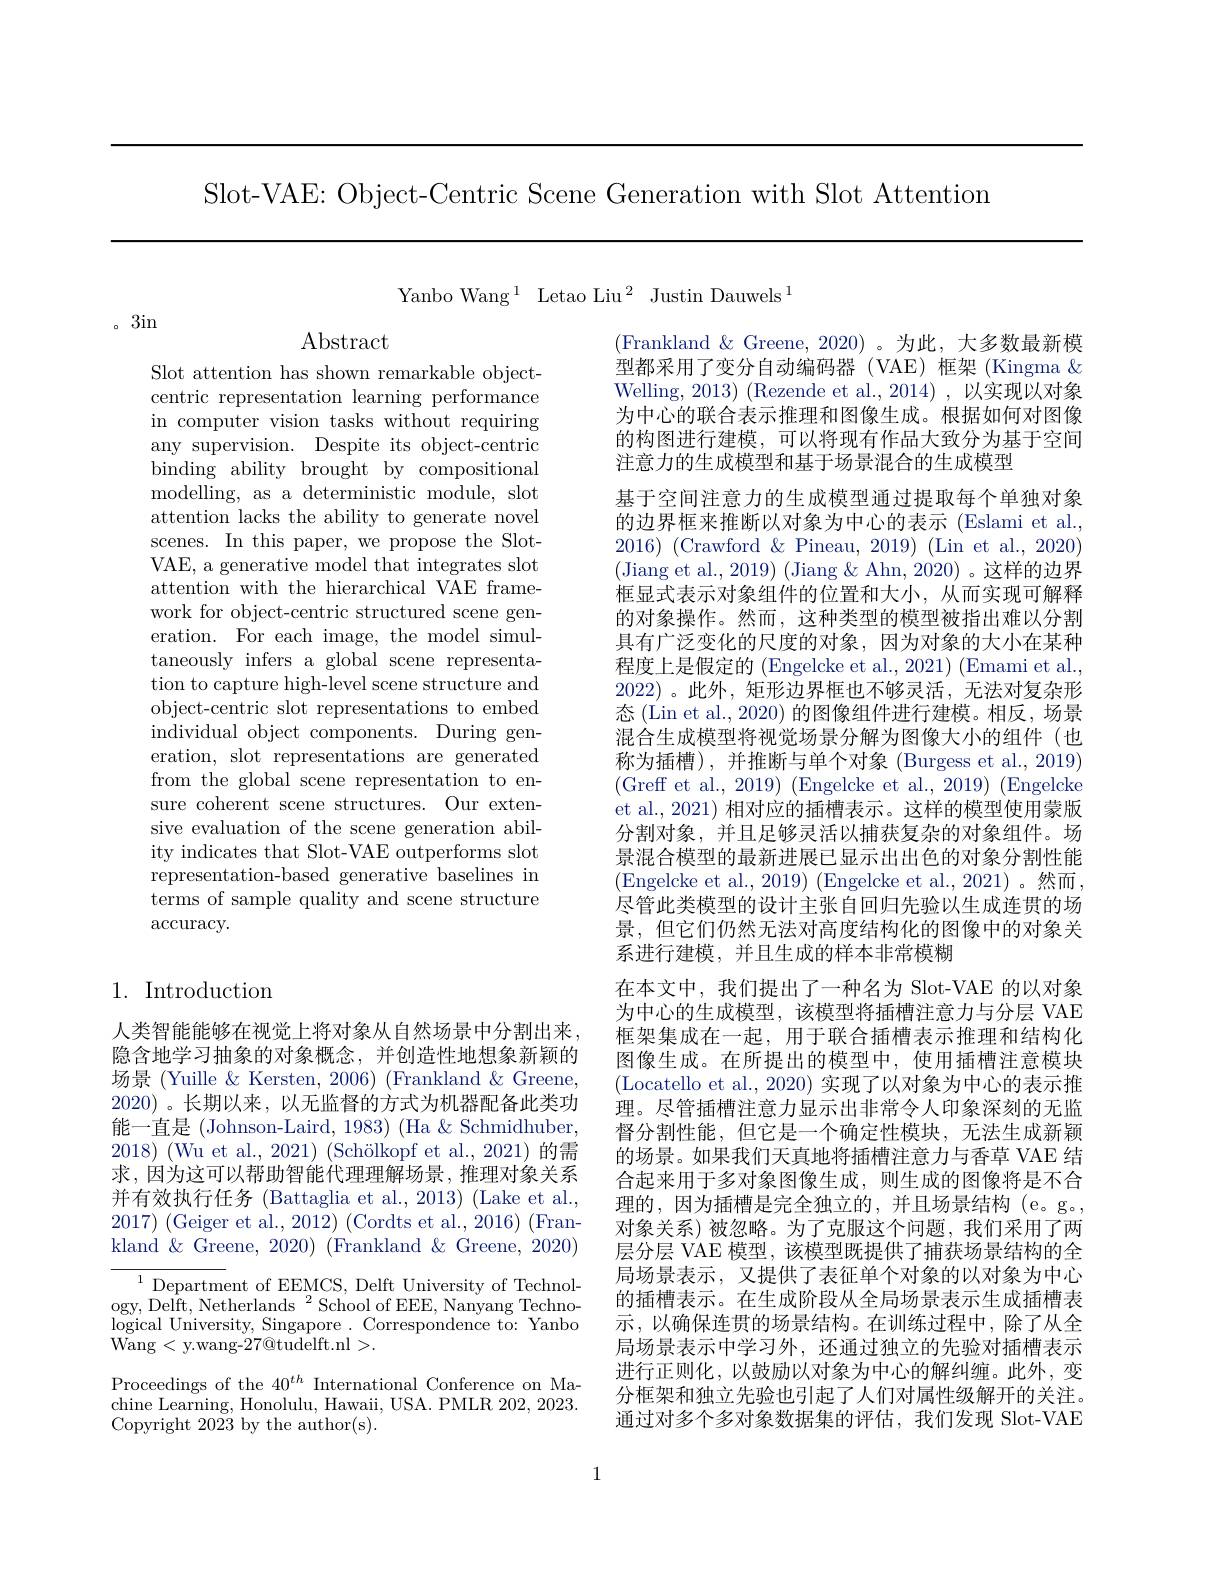
Slot-VAE: Object-Centric Scene Generation with Slot Attention

Yanbo Wang$^1$ Letao Liu$^2$ Justin Dauwels$^1$

。3in

Abstract

Slot attention has shown remarkable objectcentric representation learning performance in computer vision tasks without requiring any supervision. Despite its object-centric binding ability brought by compositional modelling, as a deterministic module, slot attention lacks the ability to generate novel scenes. In this paper, we propose the SlotVAE, a generative model that integrates slot attention with the hierarchical VAE framework for object-centric structured scene generation. For each image, the model simultaneously infers a global scene representation to capture high-level scene structure and object-centric slot representations to embed individual object components. During generation, slot representations are generated from the global scene representation to ensure coherent scene structures. Our extensive evaluation of the scene generation ability indicates that Slot-VAE outperforms slot representation-based generative baselines in terms of sample quality and scene structure accuracy.

# 1. Introduction

人类智能能够在视觉上将对象从自然场景中分割出来隐含地学习抽象的对象概念，并创造性地想象新颖的场景 (Yuille & Kersten, 2006) (Frankland & Greene, 2020)。长期以来，以无监督的方式为机器配备此类功能一直是 (Johnson-Laird, 1983) (Ha & Schmidhuber, 2018) (Wu et al., 2021) (Schölkopf et al., 2021) 的需求，因为这可以帮助智能代理理解场景，推理对象关系并有效执行任务 (Battaglia et al., 2013) (Lake et al., 2017) (Geiger et al., 2012) (Cordts et al., 2016) (Frankland & Greene, 2020) (Frankland & Greene, 2020)

${^{1}\text{Departm}}$ent of EEMCS, Delft University of Technology, Delft, Netherlands $^2$School of EEE, Nanyang Technological University, Singapore. Correspondence to: Yanbo $\bar{\mathrm{Wang}}<$y.wang-$27\bar{\mathrm{@tudelft.nl}}>.$

Proceedings of the $40^{th}$ International Conference on Ma- $\bar{\mathrm{chine~Learning,~Honolulu,~Hawaii,~USA.~PMLR~202,~2023.}}$ Copyright 2023 by the author(s).

(Frankland &Greene, 2020)。为此，大多数最新模型都采用了变分自动编码器(VAE)框架(Kingma& Welling, 2013) (Rezende et al., 2014) , 以实现以对象为中心的联合表示推理和图像生成。根据如何对图像的构图进行建模，可以将现有作品大致分为基于空间注意力的生成模型和基于场景混合的生成模型
基于空间注意力的生成模型通过提取每个单独对象的边界框来推断以对象为中心的表示 (Eslami et al., 2016) (Crawford & Pineau, 2019) (Lin et al., 2020) (Jiang et al., 2019) (Jiang & Ahn, 2020) 。这样的边界框显式表示对象组件的位置和大小，从而实现可解释的对象操作。然而，这种类型的模型被指出难以分割具有广泛变化的尺度的对象，因为对象的大小在某种程度上是假定的 (Engelcke et al., 2021) (Emami et al., 2022) 。此外，矩形边界框也不够灵活，无法对复杂形态 (Lin et al., 2020) 的图像组件进行建模。相反，场景混合生成模型将视觉场景分解为图像大小的组件(也称为插槽),并推断与单个对象(Burgess et al.,2019) (Greff et al., 2019) (Engelcke et al., 2019) (Engelcke et al., 2021) 相对应的插槽表示。这样的模型使用蒙版分割对象，并且足够灵活以捕获复杂的对象组件。场景混合模型的最新进展已显示出出色的对象分割性能(Engelcke et al., 2019) (Engelcke et al., 2021)。然而， 尽管此类模型的设计主张自回归先验以生成连贯的场景，但它们仍然无法对高度结构化的图像中的对象关系进行建模，并且生成的样本非常模糊
在本文中，我们提出了一种名为 Slot-VAE 的以对象为中心的生成模型，该模型将插槽注意力与分层 VAE 框架集成在一起，用于联合插槽表示推理和结构化图像生成。在所提出的模型中，使用插槽注意模块(Locatello et al., 2020) 实现了以对象为中心的表示推理。尽管插槽注意力显示出非常令人印象深刻的无监督分割性能，但它是一个确定性模块，无法生成新颖的场景。如果我们天真地将插槽注意力与香草 VAE 结合起来用于多对象图像生成，则生成的图像将是不合理的，因为插槽是完全独立的，并且场景结构(e。g。, 对象关系)被忽略。为了克服这个问题，我们采用了两层分层 VAE 模型，该模型既提供了捕获场景结构的全局场景表示，又提供了表征单个对象的以对象为中心的插槽表示。在生成阶段从全局场景表示生成插槽表示，以确保连贯的场景结构。在训练过程中，除了从全局场景表示中学习外，还通过独立的先验对插槽表示进行正则化，以鼓励以对象为中心的解纠缠。此外，变分框架和独立先验也引起了人们对属性级解开的关注。通过对多个多对象数据集的评估，我们发现 Slot-VAE

1